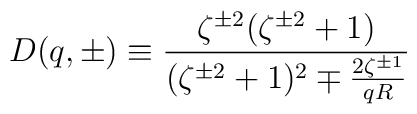
D(q, \pm) \equiv \frac{\zeta^{\pm 2} (\zeta^{\pm 2} + 1)}{(\zeta^{\pm2} + 1)^2 \mp \frac{2 \zeta^{\pm 1}}{qR}}